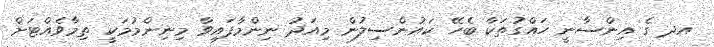
އދ ގެ އިންސާނީ ހައްގުތަކާ ބެހޭ ކައުންސިލުން މިއަދު ނިންމާފައިވާ މިނިންމުމަކީ ތިމާވެއްޓަށް